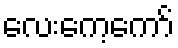
လေးကေ့ကော်